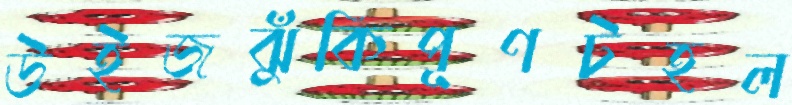
উইজঝুঁকিপূণটহল